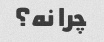
چرا نه؟